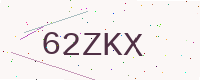
Text: 62ZKX